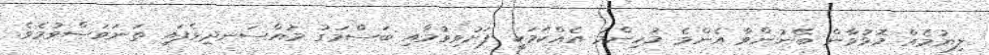
ލިޔުމެއް މޮޅުވާން ބޭނުންވާ އެންމެ މުހިންމު އެއްކަމަކީ ފަށުވިވުމާއި ބަސްމަގު މުއްސަނދިވެފައި ތަނަވަސްވުމެވެ.